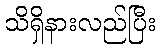
သိရှိနားလည်ပြီး